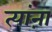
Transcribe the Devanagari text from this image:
त्यांऩा